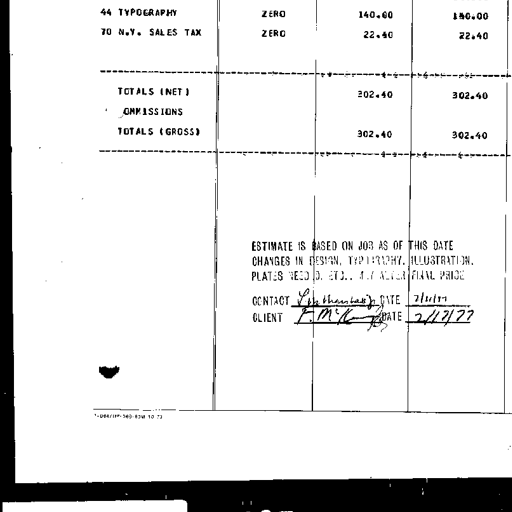
44 TYPOGRAPHY
ZERO
140.00
140.00
70 N.Y. SALES TAX
ZERO
22.40
22.40
--------------------------------------------------------------------------------
TOTALS (NET)
282.40
302.40
COMMISSIONS
TOTALS (GROSS)
302.40
302.40
--------------------------------------------------------------------------------
ESTIMATE IS BASED ON JOB AS OF THIS DATE
CHANGES IN DESIGN, TYPOGRAPHY, ILLUSTRATION,
PLATES NEEDED, ETC., MAY ALTER FINAL PRICE
CONTACT L. Bethune-Baker DATE 2/11/77
CLIENT F. McK DATE 2/12/77
1-084/HP-540-83M 10 73